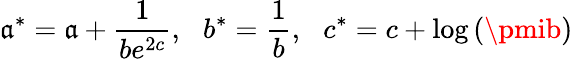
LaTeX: \mathfrak{a}^{*}=\mathfrak{a}+\frac{{1}}{{be^{2c}}},\: \: \: b^{*}=\frac{{1}}{{b}},\: \: \: c^{*}=c+\log\left(\pmib\right)